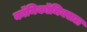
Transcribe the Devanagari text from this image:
काॅमिकॉमिक्सल